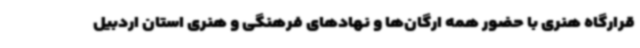
قرارگاه هنری با حضور همه ارگان‌ها و نهادهای فرهنگی و هنری استان اردبیل